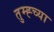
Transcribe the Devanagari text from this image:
तुम्ह्च्या